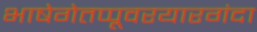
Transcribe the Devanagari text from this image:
भाषेगेतप्पूवरयारगंदा